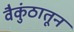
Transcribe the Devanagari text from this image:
वैकुंठातून